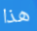
هذا